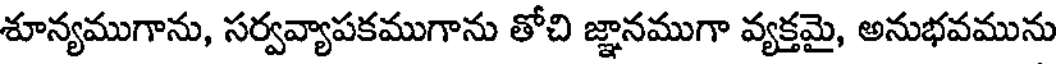
శూన్యముగాను, సర్వవ్యాపకముగాను తోచి జ్ఞానముగా వ్యక్తమై, అనుభవమును